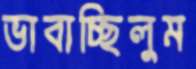
ভাবাচ্ছিলুম